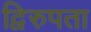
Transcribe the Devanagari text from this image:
द्विरुपता